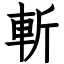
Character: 斬